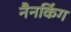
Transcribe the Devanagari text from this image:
नैनकिंग